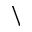
\backslash